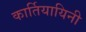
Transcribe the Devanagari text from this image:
कार्तियायिनी